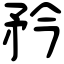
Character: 矜